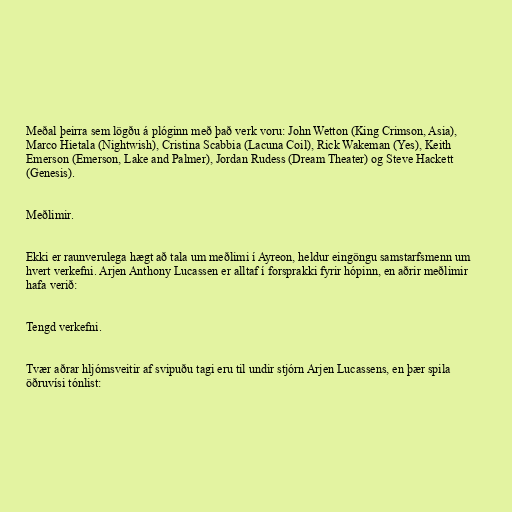
Meðal þeirra sem lögðu á plóginn með það verk voru: John Wetton (King Crimson, Asia),
Marco Hietala (Nightwish), Cristina Scabbia (Lacuna Coil), Rick Wakeman (Yes), Keith
Emerson (Emerson, Lake and Palmer), Jordan Rudess (Dream Theater) og Steve Hackett
(Genesis).

Meðlimir.

Ekki er raunverulega hægt að tala um meðlimi í Ayreon, heldur eingöngu samstarfsmenn um
hvert verkefni. Arjen Anthony Lucassen er alltaf í forsprakki fyrir hópinn, en aðrir meðlimir
hafa verið:

Tengd verkefni.

Tvær aðrar hljómsveitir af svipuðu tagi eru til undir stjórn Arjen Lucassens, en þær spila
öðruvísi tónlist: